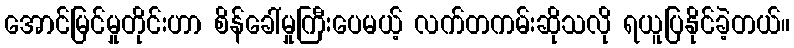
အောင်မြင်မှုတိုင်းဟာ စိန်ခေါ်မှုကြီးပေမယ့် လက်တကမ်းဆိုသလို ရယူပြနိုင်ခဲ့တယ်။